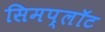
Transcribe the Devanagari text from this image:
सिमप्लॉट